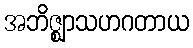
အဘိဇ္ဈာသဟဂတာယ